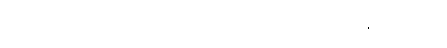
၈၉။ ဒယှိတ္ထ-မီးလောင်အပ်ပြီ၊ ဣတိ-ထို့ကြောင့်၊ ဒဍ္ဎော-မည်၏၊